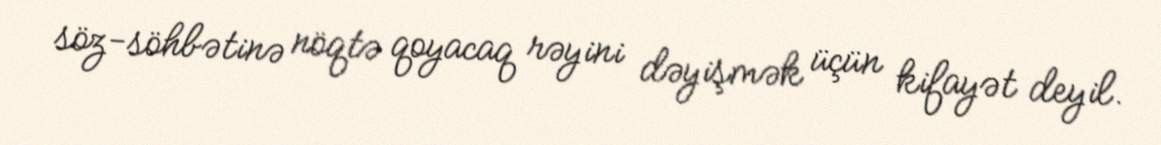
söz-söhbətinə nöqtə qoyacaq rəyini dəyişmək üçün kifayət deyil.